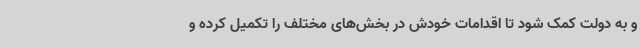
و به دولت کمک شود تا اقدامات خودش در بخش‌های مختلف را تکمیل کرده و